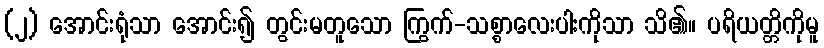
(၂) အောင်းရုံသာ အောင်း၍ တွင်းမတူသော ကြွက်-သစ္စာလေးပါးကိုသာ သိ၏။ ပရိယတ္တိကိုမူ